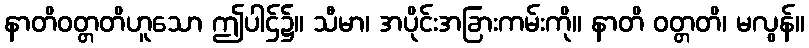
နာတိဝတ္တတိဟူသော ဤပါဌ်၌။ သီမာ၊ အပိုင်းအခြားကမ်းကို။ နာတိ ဝတ္တတိ၊ မလွန်။